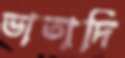
ভাতাদি